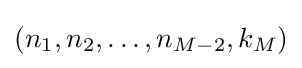
(n_{1},n_{2},\ldots ,n_{M-2},k_{M})